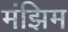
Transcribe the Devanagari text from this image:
मंझिम